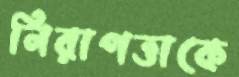
নিরাপত্তাকে